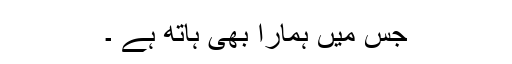
جس میں ہمارا بھی ہاتھ ہے ۔